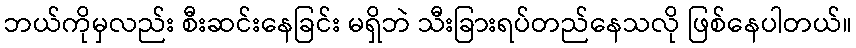
ဘယ်ကိုမှလည်း စီးဆင်းနေခြင်း မရှိဘဲ သီးခြားရပ်တည်နေသလို ဖြစ်နေပါတယ်။